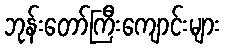
ဘုန်းတော်ကြီးကျောင်းများ